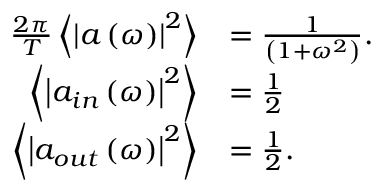
\begin{array} { r l } { \frac { 2 \pi } { T } \left\langle \left| a \left( \omega \right) \right| ^ { 2 } \right\rangle } & { = \frac { 1 } { \left( 1 + \omega ^ { 2 } \right) } . } \\ { \left\langle \left| a _ { i n } \left( \omega \right) \right| ^ { 2 } \right\rangle } & { = \frac { 1 } { 2 } } \\ { \left\langle \left| a _ { o u t } \left( \omega \right) \right| ^ { 2 } \right\rangle } & { = \frac { 1 } { 2 } . } \end{array}